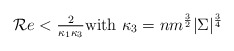
\begin{align*}{\cal R}e<\tfrac{2}{\kappa_1\kappa_3} \mbox{with} \ \kappa_3=nm^\frac{3}{2} |\Sigma|^{\frac{3}{4}}\end{align*}